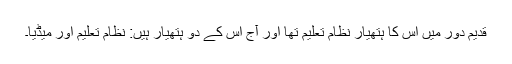
قدیم دور میں اس کا ہتھیار نظامِ تعلیم تھا اور آج اس کے دو ہتھیار ہیں: نظامِ تعلیم اور میڈیا۔